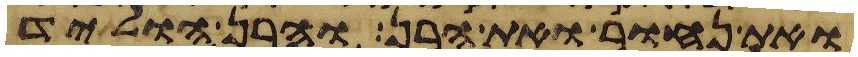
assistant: ואת נחור ואת הרן והרן הוליד